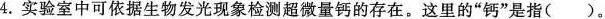
4.实验室中可依据生物发光现象检测超微量钙的存在。这里的”钙”是指( )。